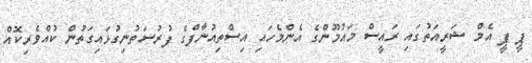
ޕީ ޕީ އެމް ޝަރީއަތުގައި ރައީސް މައުމޫންގެ އެންމެހައި އިސްތިއުނާފްގެ ފުރުސަތުނިގުޅައިގަތުން ކުއްވެރިކޮއް